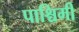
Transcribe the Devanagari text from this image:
पाश्चिमी